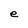
Character: e